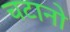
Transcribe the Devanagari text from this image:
चटानो